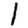
Digit: 1